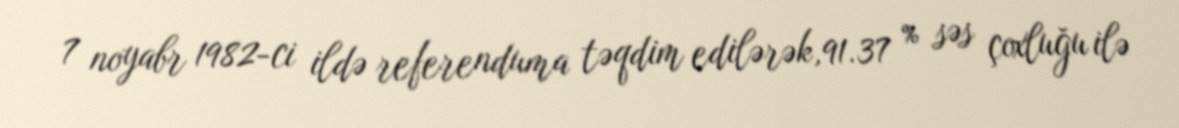
7 noyabr 1982-ci ildə referenduma təqdim edilərək,91.37 % səs çoxluğu ilə